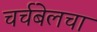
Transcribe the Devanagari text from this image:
चर्चबेलचा